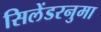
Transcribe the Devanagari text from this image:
सिलेंडरनुमा